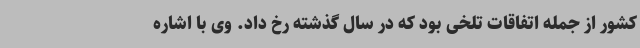
کشور از جمله اتفاقات تلخی بود که در سال گذشته رخ داد. وی با اشاره